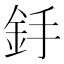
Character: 𨥋